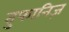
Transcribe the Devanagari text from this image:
तुफानिज़